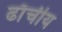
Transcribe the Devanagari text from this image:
ढाँचीय